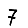
Digit: 7